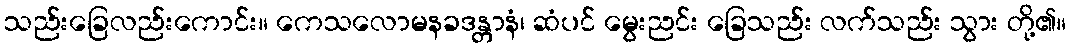
သည်းခြေလည်းကောင်း။ ကေသလောမနခဒန္တာနံ၊ ဆံပင် မွေးညင်း ခြေသည်း လက်သည်း သွား တို့၏။